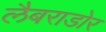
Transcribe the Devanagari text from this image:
लैबराडोर